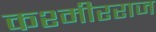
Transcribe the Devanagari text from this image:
कश्मीरराज